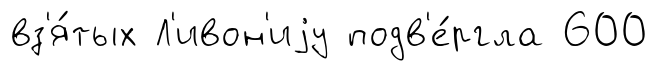
вз'я́тых Л'ивон'иjу подв'е́ргла 600